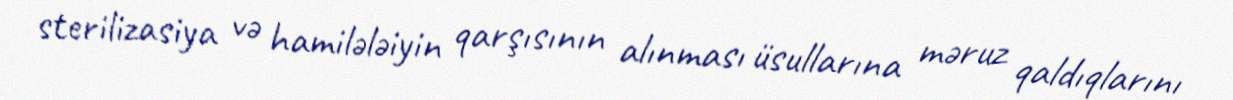
sterilizasiya və hamilələiyin qarşısının alınması üsullarına məruz qaldıqlarını